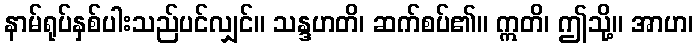
နာမ်ရုပ်နှစ်ပါးသည်ပင်လျှင်။ သန္ဒဟတိ၊ ဆက်စပ်၏။ ဣတိ၊ ဤသို့။ အာဟ၊